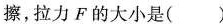
擦，拉力F的大小是( )